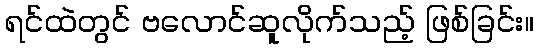
ရင်ထဲတွင် ဗလောင်ဆူလိုက်သည့် ဖြစ်ခြင်း။